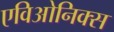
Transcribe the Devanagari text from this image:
एविओनिक्स